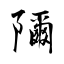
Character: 隬